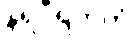
နရဝီရကတံ